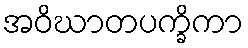
အဝိဃာတပက္ခိကာ